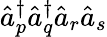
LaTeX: \hat{a}_{p}^{\dagger}\hat{a}_{q}^{\dagger}\hat{a}_{r}\hat{a}_{s}